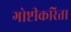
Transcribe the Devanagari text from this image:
गोष्टीकरिता